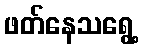
ဖတ်နေသရွေ့